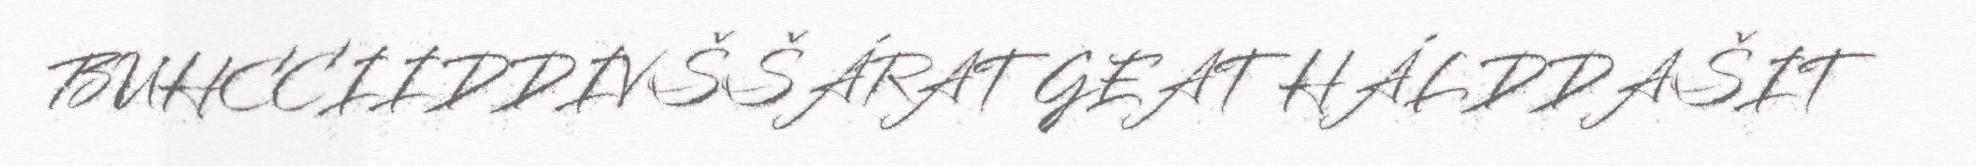
BUHCCIIDDIVŠŠÁRAT GEAT HÁLDDAŠIT